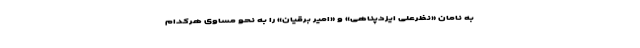
به نامان «نظرعلی ایزدپناهی» و «امیر برقیان» را به نحو مساوی هرکدام